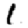
Digit: 1